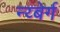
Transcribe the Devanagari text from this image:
न्य्बेर्ग